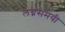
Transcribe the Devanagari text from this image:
लग्नसमयी